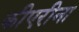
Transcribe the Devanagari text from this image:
कीएरीना